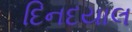
દિનદયાલ